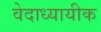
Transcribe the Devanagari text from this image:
वेदाध्यायीक